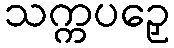
သက္ကပဉှေ